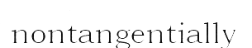
nontangentially